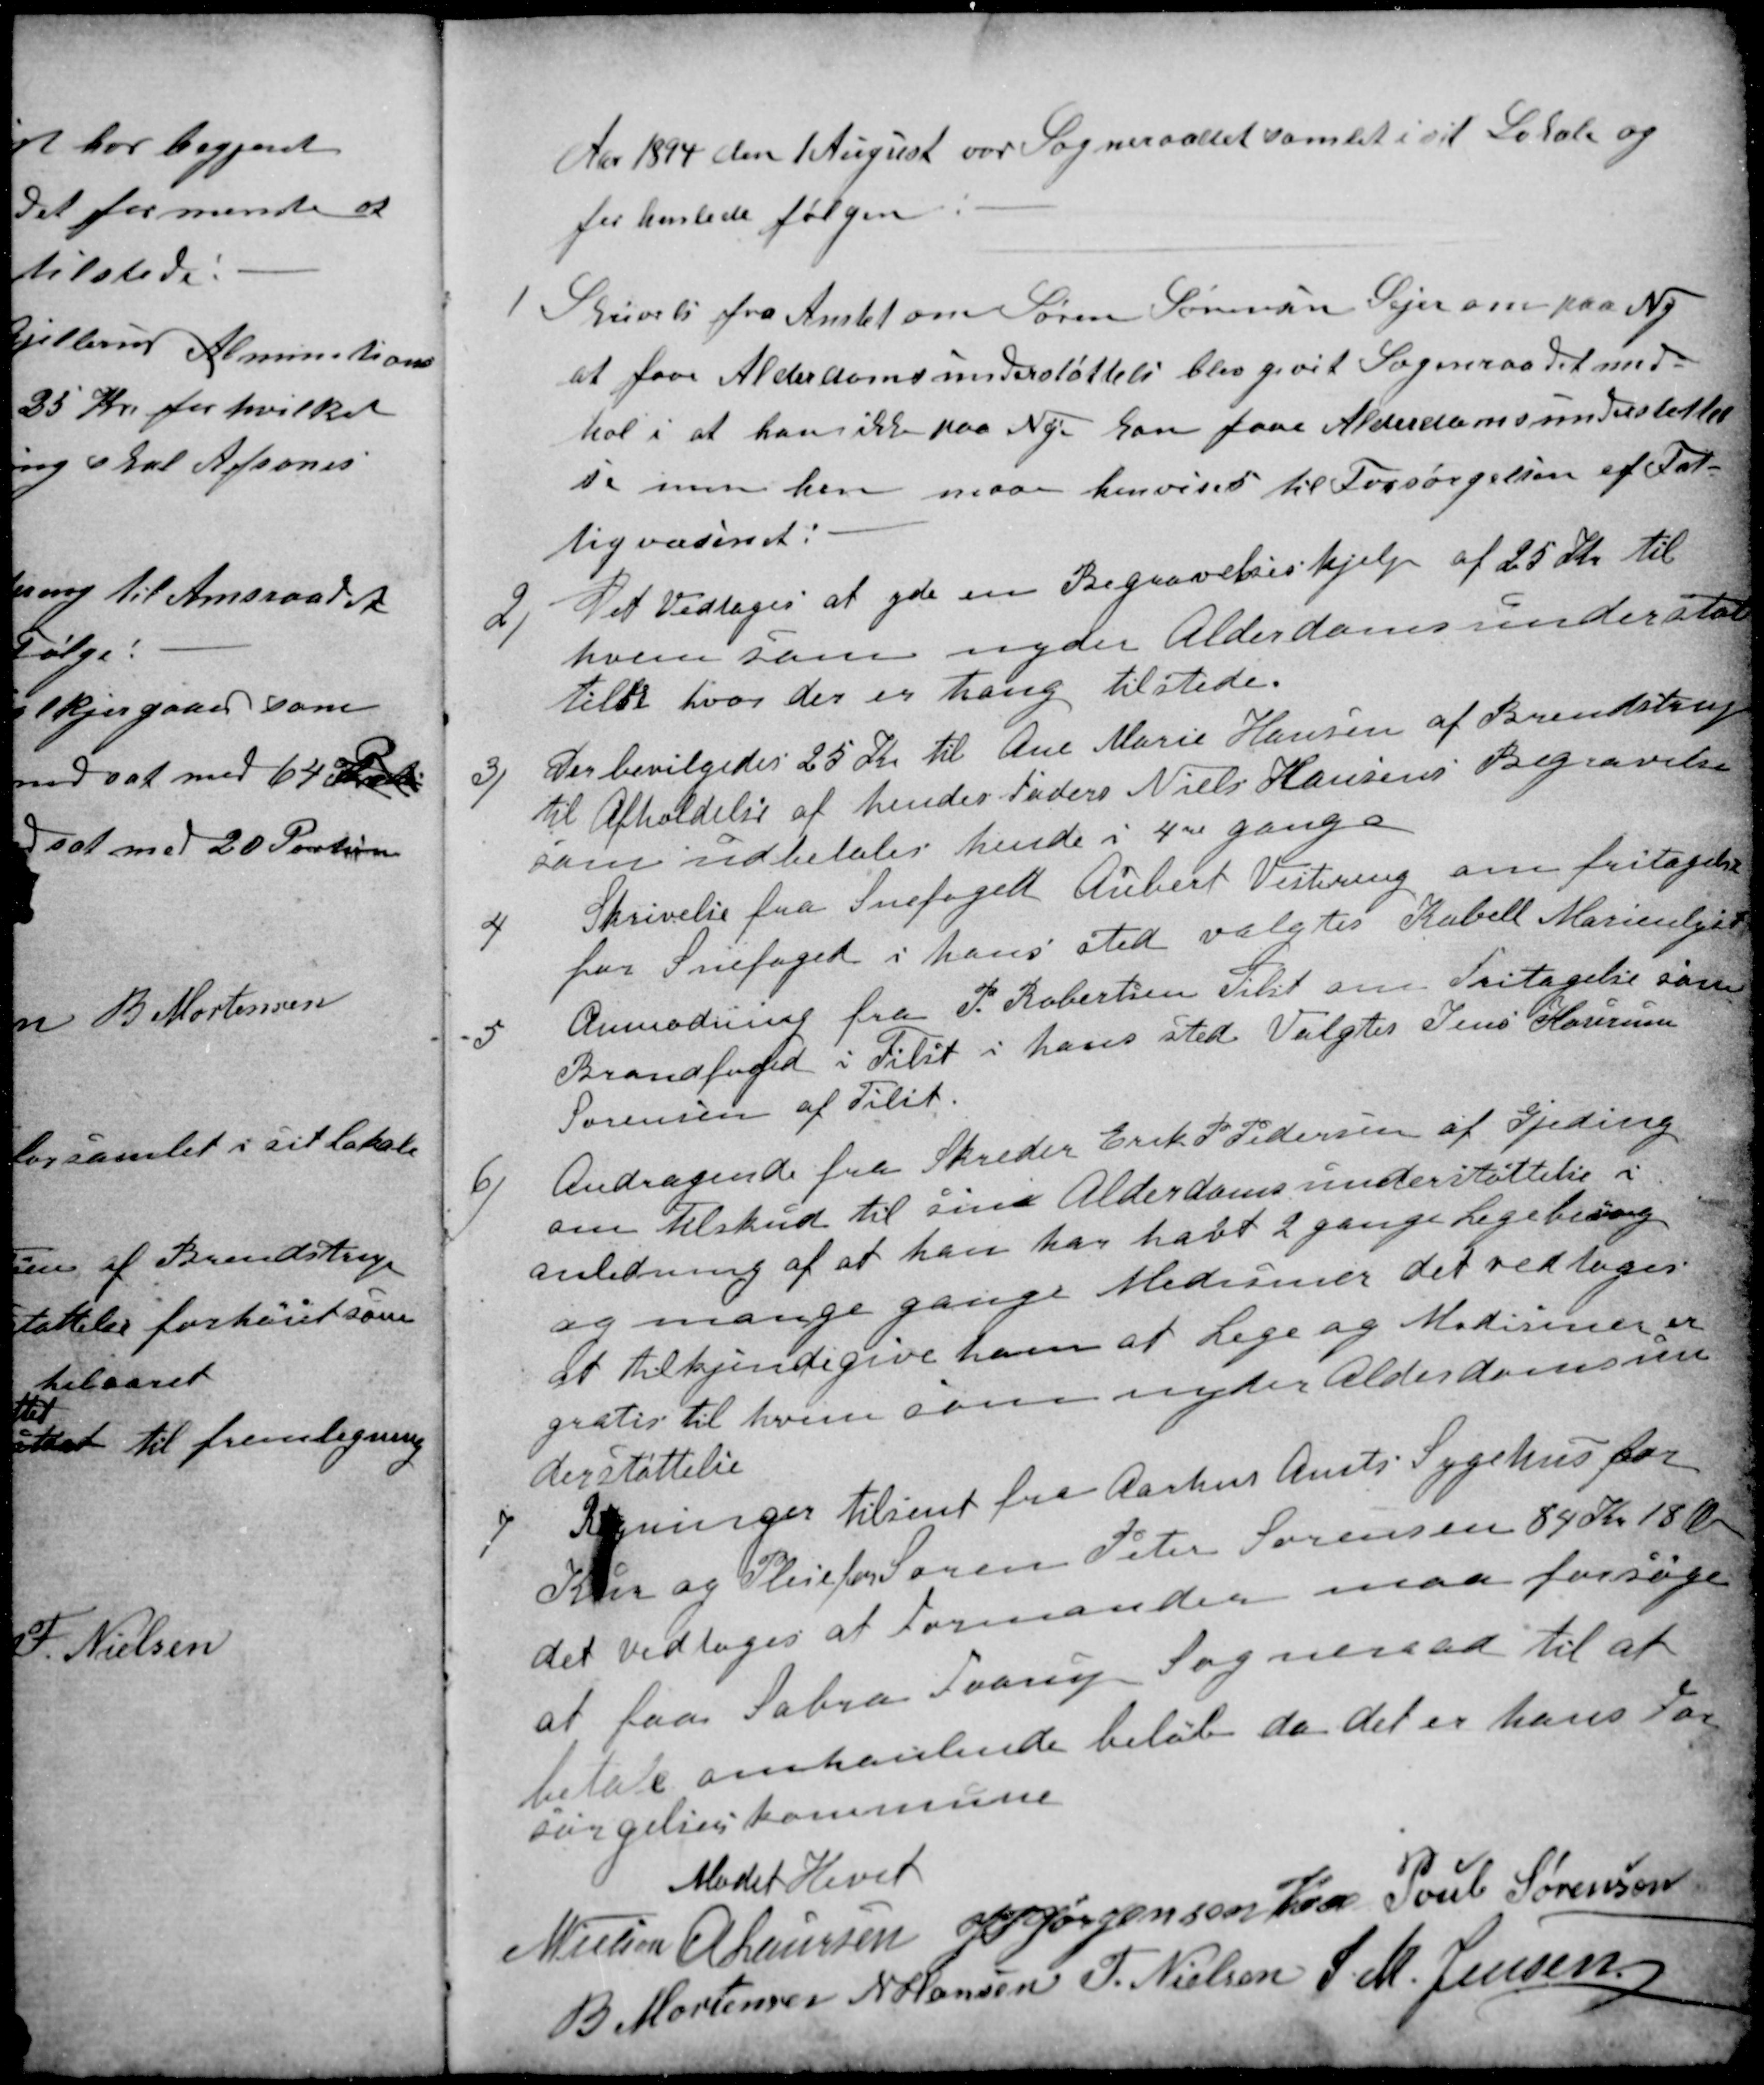
Transskription:
Aar 1894 den 1 August var Sogneraadet samlet i sit Lokale og
forhanlede følgen
1
Skrivelse fra Amtet om Søren Sørensen Sejer om paa Ny
at faae Alderdomsunderstøttelse blev givet Sogneraadet med-
hol i at han ikke paa Ny kan faae Alderdomsunderstøttel
se men hen maa henvises til Forsørgelsen af Fat-
tigvæsenet:
2)
Det Vedtoges at yde en Begravelseshjelp af 25 Kr. til
hvem som nyder Alderdomsunderstøt
telse hvor der er trang tilstede.
3)
Der bevilgedes 25 Kr. til Ane Marie Hansen af Brendstrup
til Afholdelse af hendes Faders Niels Hansens Begravelse
som udbetales hende i 4re gange
4
Skrivelse fra Snefoged Aubert Vestereng om fritagelse
for Snefoged i hans sted valgtes Kabell Marienlyst
5
Anmodning fra P. Robertsen Tilst om Fritagelse som
Brandfoged i Tilst i hans sted Valgtes Jens Hansen
Sørensen af Tilst.
6)
Andragende fra Skreder Erik P Pedersen af Gjeding
om tilskud til sine Alderdomsunderstøttelse i
anledning af at han har havt 2 gange Legebesøg
og mange gange Mediciner det vedtoges
at tilkjendegive ham at Lege og Mediciner er
gratis til hvem som nyder Alderdomsun
derstøttelse
7
Regninger tilsent fra Aarhus Amts Sygehus for
Kur og Pleje for Søren Peter Sørensen 84 Kr 18 Øre
det vedtoges at Formanden maa forsøge
at faa Sabro Faarup Sogneraad til at
betale omhanlende beløb da det er hans For
sørgelseskommune
Mødet Hevet
N Nielsen
A Laursen
J P Jørgensen Kaae
Poul Sørensen
B Mortensen
N Hansen
F. Nielsen
S. M. Jensen